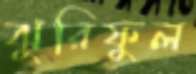
ঝুরিফুল